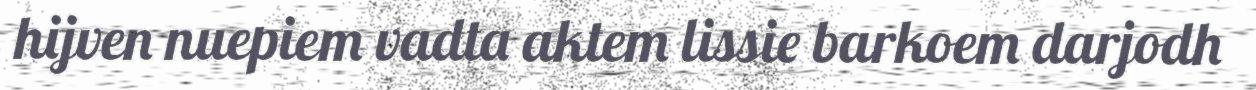
hijven nuepiem vadta aktem lissie barkoem darjodh